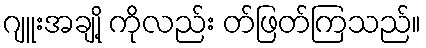
ဂျူးအချို့ ကိုလည်း တ်ဖြတ်ကြသည်။